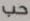
حب